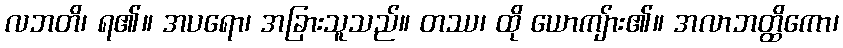
လဘတိ၊ ရ၏။ အပရော၊ အခြားသူသည်။ တဿ၊ ထို ယောကျ်ား၏။ အလာဘတ္ထိကော၊